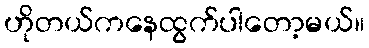
ဟိုတယ်ကနေထွက်ပါတော့မယ်။